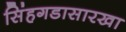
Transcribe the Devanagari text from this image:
सिंहगडासारखा